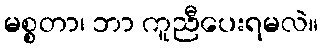
မစ္စတာ၊ ဘာ ကူညီပေးရမလဲ။